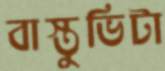
বাস্তুভিটা